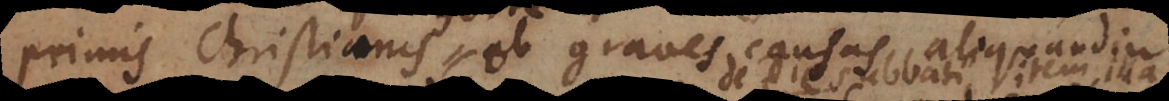
primis Christianis ob graves causas aliquandi